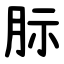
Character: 䏡